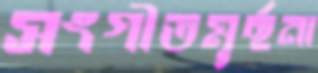
সংগীতমূর্ছনা